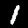
Digit: 1